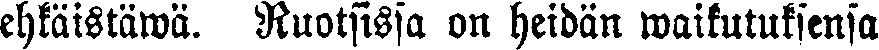
ehkäistäwä. Ruotsissa on heidän waikutuksensa